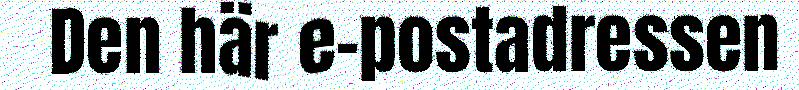
Den här e-postadressen